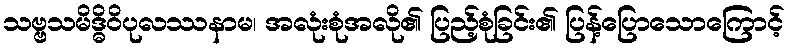
သဗ္ဗသမိဒ္ဓိဝိပုလဿနာမ၊ အလုံးစုံအလို၏ ပြည့်စုံခြင်း၏ ပြန့်ပြောသောကြောင့်